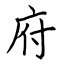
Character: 府